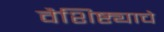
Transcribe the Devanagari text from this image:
वैशिष्ट्याचे